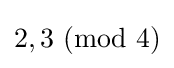
2,3{\text{ }}({\text{mod }}4)